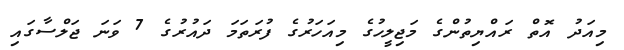
މިއަދު އޮތް ރައްޔިތުންގެ މަޖިލީހުގެ މިއަހަރުގެ ފުރަތަމަ ދައުރުގެ 7 ވަނަ ޖަލްސާގައި